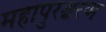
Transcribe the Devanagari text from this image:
महापुरश्चरण